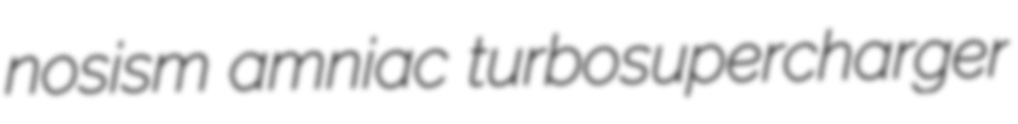
nosism amniac turbosupercharger